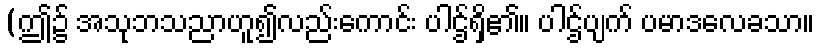
(ဤ၌ အသုဘသညာဟူ၍လည်းကောင်း ပါဌ်ရှိ၏။ ပါဌ်ပျက် ပမာဒလေခသာ။